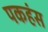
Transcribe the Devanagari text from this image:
पकहंस